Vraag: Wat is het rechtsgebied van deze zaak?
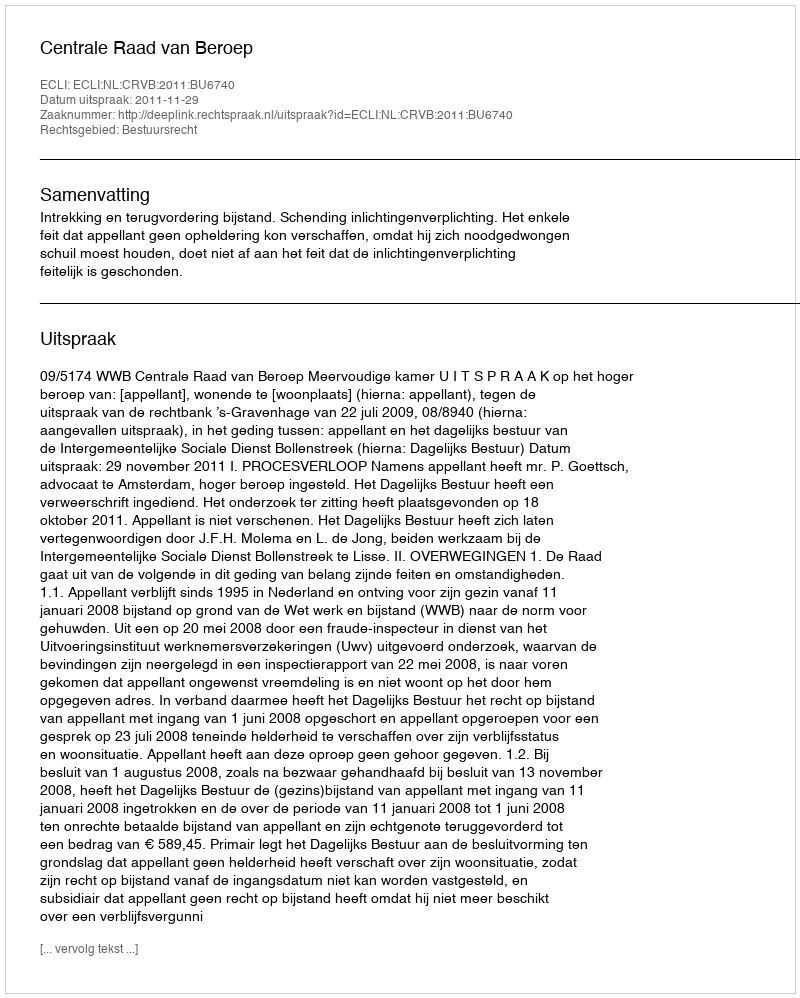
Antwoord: Bestuursrecht